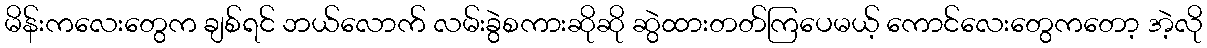
မိန်းကလေးတွေက ချစ်ရင် ဘယ်လောက် လမ်းခွဲစကားဆိုဆို ဆွဲထားတတ်ကြပေမယ့် ကောင်လေးတွေကတော့ အဲ့လို